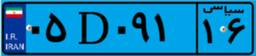
۰۵D۰۹۱۱۶